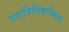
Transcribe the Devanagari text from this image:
परात्रिशिकाविवरण